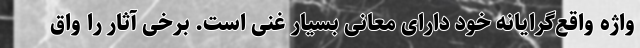
واژه واقع‌گرایانه خود دارای معانی بسیار غنی است. برخی آثار را واق